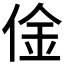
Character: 𠊄